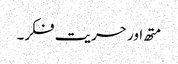
متھ اور حریت فکر۔